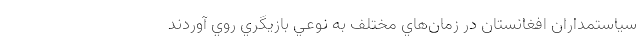
سياستمداران افغانستان در زمان‌هاي مختلف به نوعي بازيگري روي آوردند